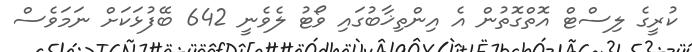
ކުރީގެ ލިސްޓް އޮތްގޮތުން އެ އިންތިޚާބުގައި ވޯޓު ލެވެނީ 642 ބޭފުޅަކަށް ނަމަވެސް